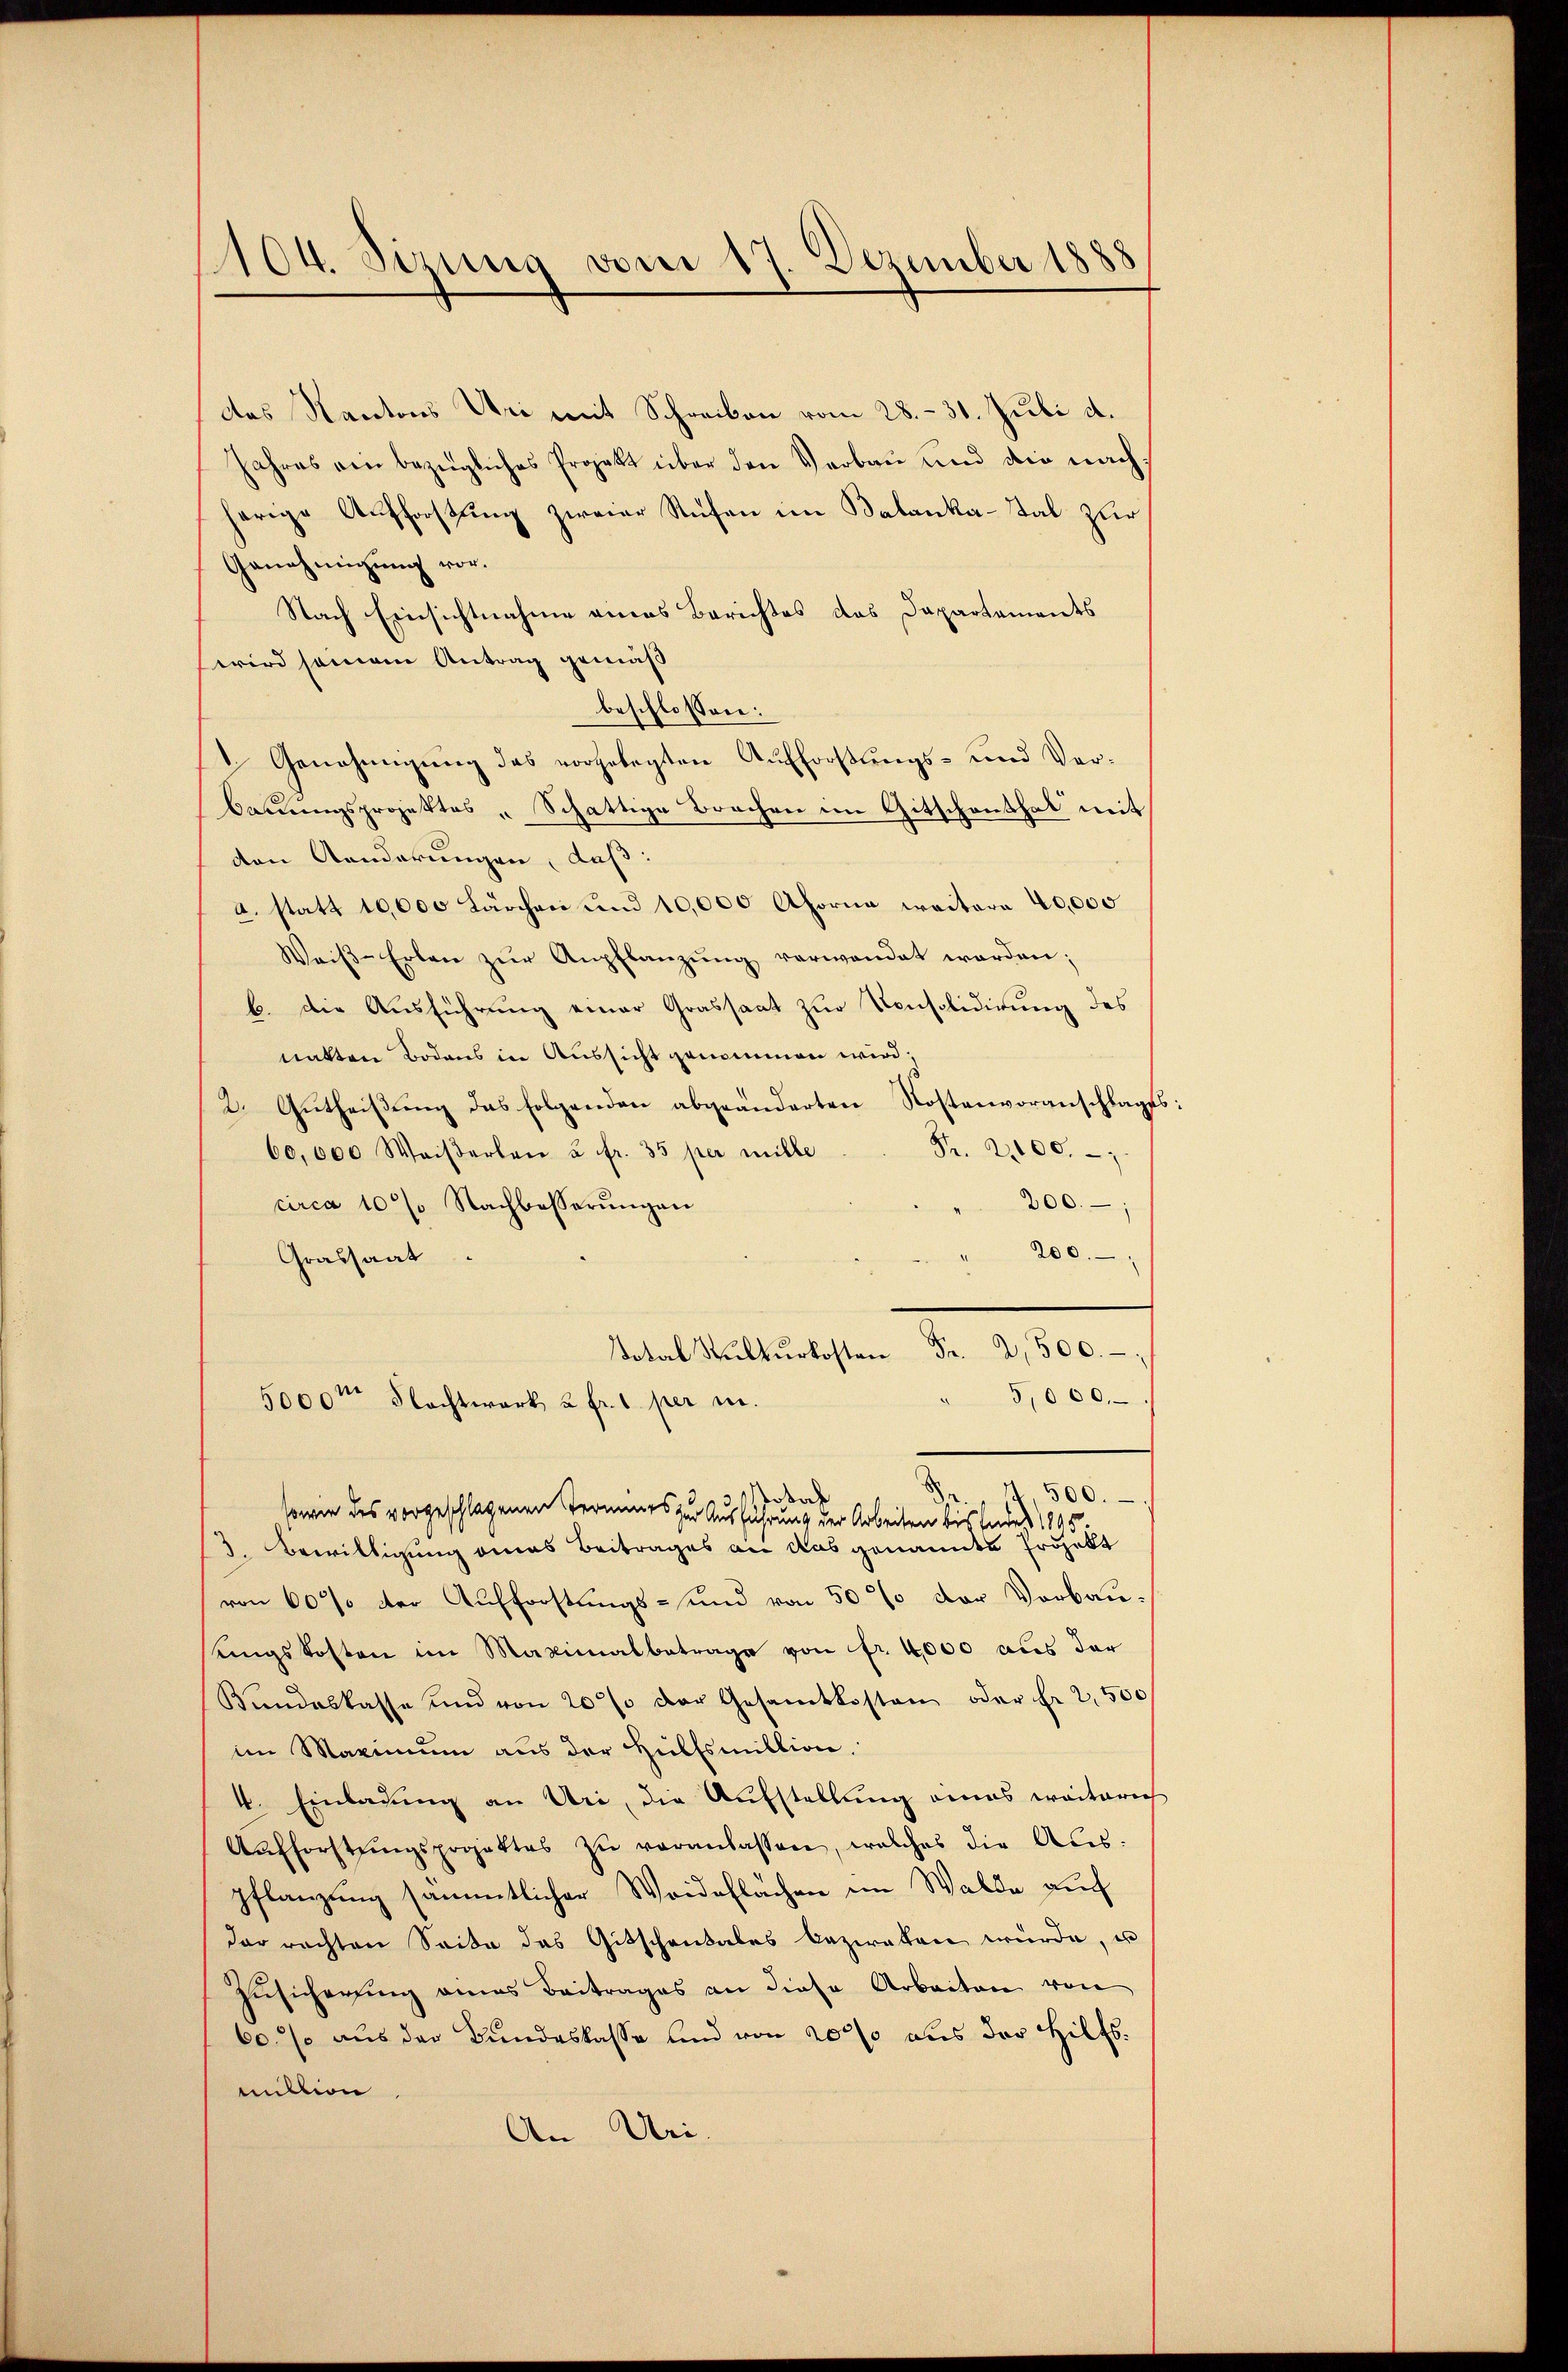
1104. Sizung vom 17. Dezember 1888

Das Kantons Uri mit Schreiben vom 28. - 31. Juli d.
Jahres ein bezügliches Projekt über den Verbau und die nachherige Aufforstung zweier Stufen im Balanka-Sal zur
Genehmigung vor.
Nach Einsichtnahme eines Berichtes das Dapartements
wird seinem Antrag gemäß
beschlossen:
1. Genehmigung das vorgelegten Aufforstungs- und Verbauungsprojektes „Schattige Brochen im Gitschenthal mit
den Aenderungen, daß:
a. statt 10,000 Lärchen und 10,000 Ahorne weitere 40,000
Weiβ-Erlen zŭr Anpflanzŭng verwendet werden;
b. die Ausführung einer Grassaat zur Konsolidirung des
natten Bodens in Aussicht genommen wird,
2. Gutheißung das folgenden abgeänderten Kostenvoranschlages
Fr. 2100.
60,000 Waiserlen u. fr. 35 per mille
circa 10% Nachbesserŭngen
200.
200.
Grassaat
alurkosten Fr. 2,500.
5,000.
5000 Nachtwark 2 fr. 1 per in
x
" 500.
ssach
¬
sowie des vorgeschlagenen Termines zur Ausführung der Arbeiten bis Endes 1805.
3. Bewilligung eines Beitrages an das genannte Projekt
von 60% der Aufforstungs- und von 50 % der Vorbau-
ungskosten im Maximalbetrage von fr. 4000 aus der
Bundeskasse und von 20% der Gesamtkosten oder Fr. 2500
im Maximum aus der Hülfsmillion.
4. Einladung an Uri, die Aufstellung eines weiterich
Aŭfforstŭngsprojektes zŭ veranlassen, welches die Aŭs-
pflanzung sämmtlicher Weideflächen im Walde auf
der rechten Seite das Gitschentales bezwaken würde, u
Zusicherung eines Beitrages an diese Arbeiten von
60% aus der Bundeskasse und von 2000 aus der Hilfsmillion
An Uri.